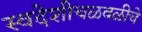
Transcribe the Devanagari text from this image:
स्वदेशीचळवळीचे